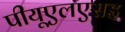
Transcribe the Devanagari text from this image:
पीयूएलएसइ